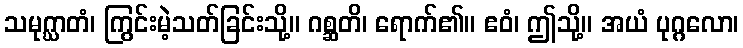
သမုဂ္ဃာတံ၊ ကြွင်းမဲ့သတ်ခြင်းသို့။ ဂစ္ဆတိ၊ ရောက်၏။ ဧဝံ၊ ဤသို့။ အယံ ပုဂ္ဂလော၊